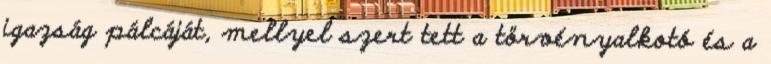
igazság pálcáját, mellyel szert tett a törvényalkotó és a